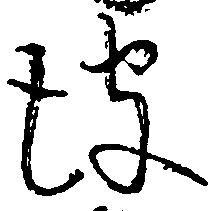
彼